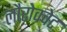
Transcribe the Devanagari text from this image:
लौरोक्वेट